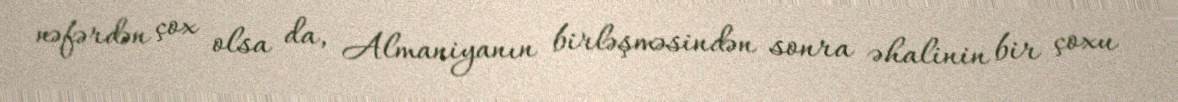
nəfərdən çox olsa da, Almaniyanın birləşməsindən sonra əhalinin bir çoxu